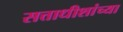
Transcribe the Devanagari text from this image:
सत्ताधीशांच्या